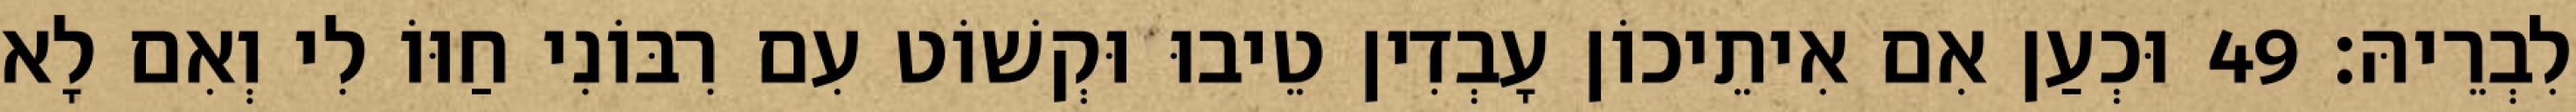
לִבְרֵיהּ׃ 49 וּכְעַן אִם אִיתֵיכוֹן עָבְדִין טֵיבוּ וּקְשׁוֹט עִם רִבּוֹנִי חַוּוֹ לִי וְאִם לָא